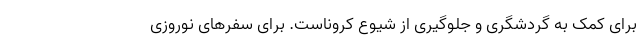
برای کمک به گردشگری و جلوگیری از شیوع کروناست. برای سفرهای نوروزی